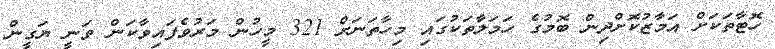
ހޮޓާތަކަށް އަމާޒުކޮށްދިން ބޮމުގެ ހަމަލާތަކުގައި މިހާތަނަށް 321 މީހުން މަރުވެފައިވާކަން ވަނީ ޔަގީން